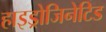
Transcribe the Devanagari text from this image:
हाइड्रोजिनेटिड